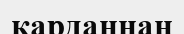
карданнан